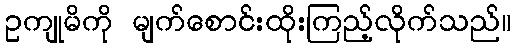
ဥကျုမိကို မျက်စောင်းထိုးကြည့်လိုက်သည်။